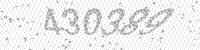
Solution: 430389